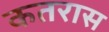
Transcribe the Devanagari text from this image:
कतरास